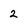
Character: 2